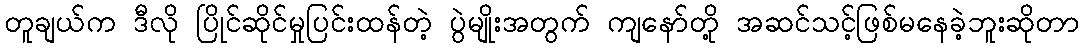
တူချယ်က ဒီလို ပြိုင်ဆိုင်မှုပြင်းထန်တဲ့ ပွဲမျိုးအတွက် ကျနော်တို့ အဆင်သင့်ဖြစ်မနေခဲ့ဘူးဆိုတာ